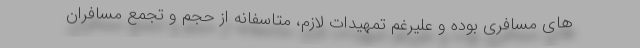
های مسافری بوده و علیرغم تمهیدات لازم، متاسفانه از حجم و تجمع مسافران